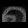
Digit: ၈